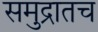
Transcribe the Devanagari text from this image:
समुद्रातच